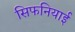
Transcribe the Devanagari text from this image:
सिफनियाई